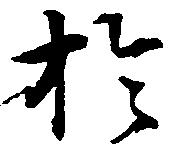
於